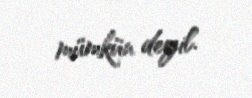
mümkün deyil.